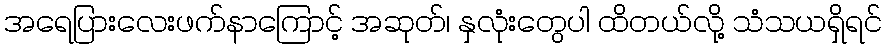
အရေပြားလေးဖက်နာကြောင့် အဆုတ်၊ နှလုံးတွေပါ ထိတယ်လို့ သံသယရှိရင်